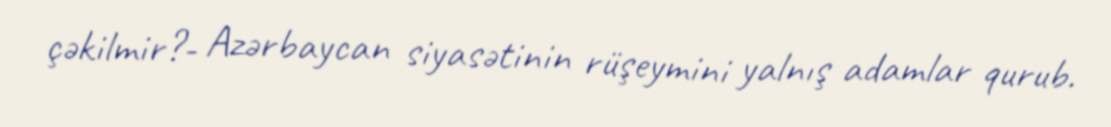
çəkilmir?- Azərbaycan siyasətinin rüşeymini yalnış adamlar qurub.